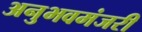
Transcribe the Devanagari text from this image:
अनुभवमंजरी